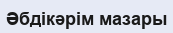
Әбдікәрім мазары